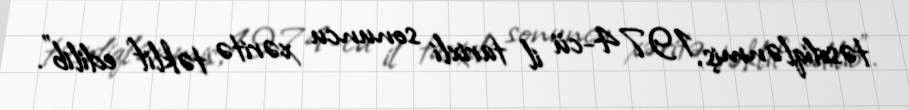
təsdiqlənmiş, 1974-cü il tarixli sonuncu xəritə təklif edilib”.